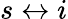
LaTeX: s\leftrightarrow i